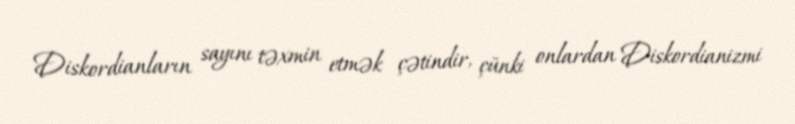
Diskordianların sayını təxmin etmək çətindir, çünki onlardan Diskordianizmi